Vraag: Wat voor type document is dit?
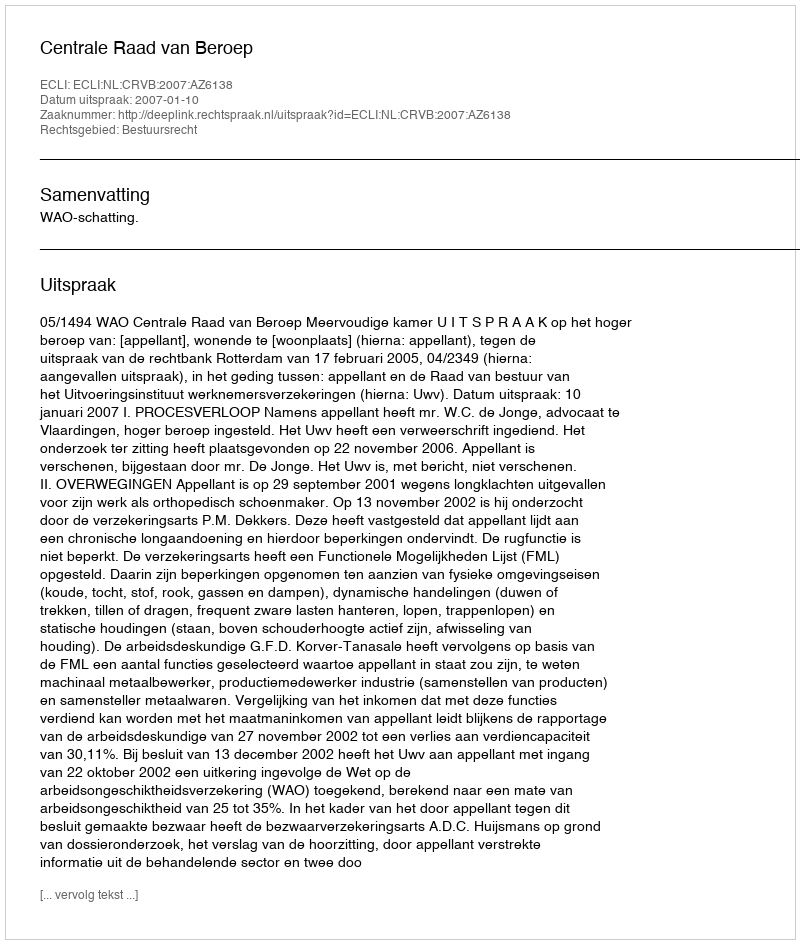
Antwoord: Uitspraak